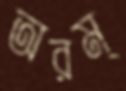
অরম্